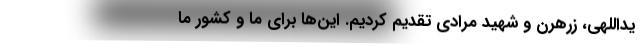
یداللهی، زرهرن و شهید مرادی تقدیم کردیم. این‌ها برای ما و کشور ما